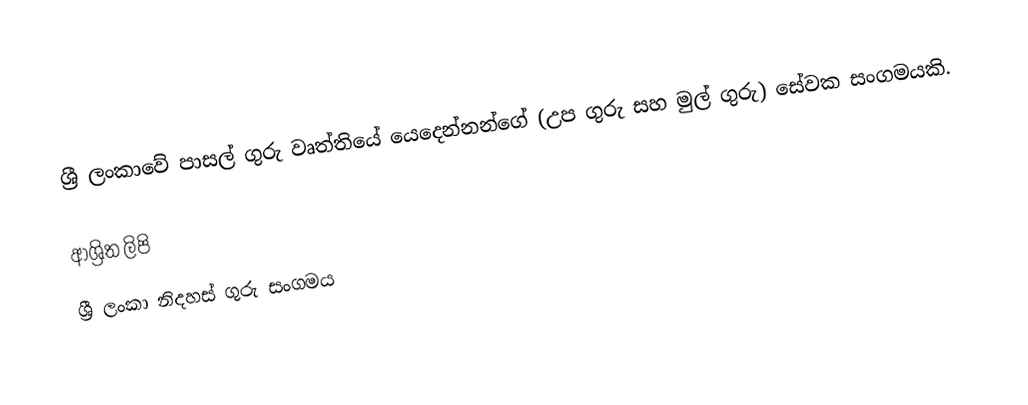
ශ්‍රී ලංකාවේ පාසල් ගුරු වෘත්තියේ යෙදෙන්නන්ගේ (උප ගුරු සහ මුල් ගුරු) සේවක සංගමයකි.

ආශ්‍රිත ලිපි
 ශ්‍රී ලංකා නිදහස් ගුරු සංගමය